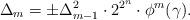
LaTeX: \begin{align*}{}\Delta_m=\pm\Delta_{m-1}^2\cdot 2^{2^n}\cdot \phi^m(\gamma). \end{align*}